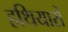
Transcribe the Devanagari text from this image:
हथियारोँ